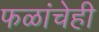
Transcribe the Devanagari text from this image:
फळांचेही